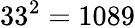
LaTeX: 33^{2}=1089